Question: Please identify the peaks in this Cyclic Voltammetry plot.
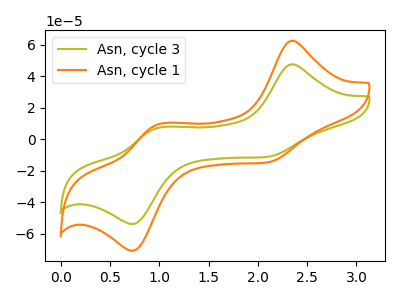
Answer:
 <answer>The olive curve "Asn, cycle 3" has anodic peaks at (2.35V, 47.55uA) (1.00V, 7.15uA) and cathodic peaks at (2.10V, -11.35uA) (0.75V, -53.90uA). The orange curve "Asn, cycle 1" has anodic peaks at (2.35V, 62.50uA) (1.00V, 9.35uA) and cathodic peaks at (2.10V, -14.90uA) (0.75V, -70.85uA).</answer>
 <eval></eval>